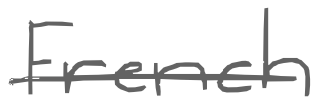
Text: French
Cross-out: single-line
Writing tool: digital_gray